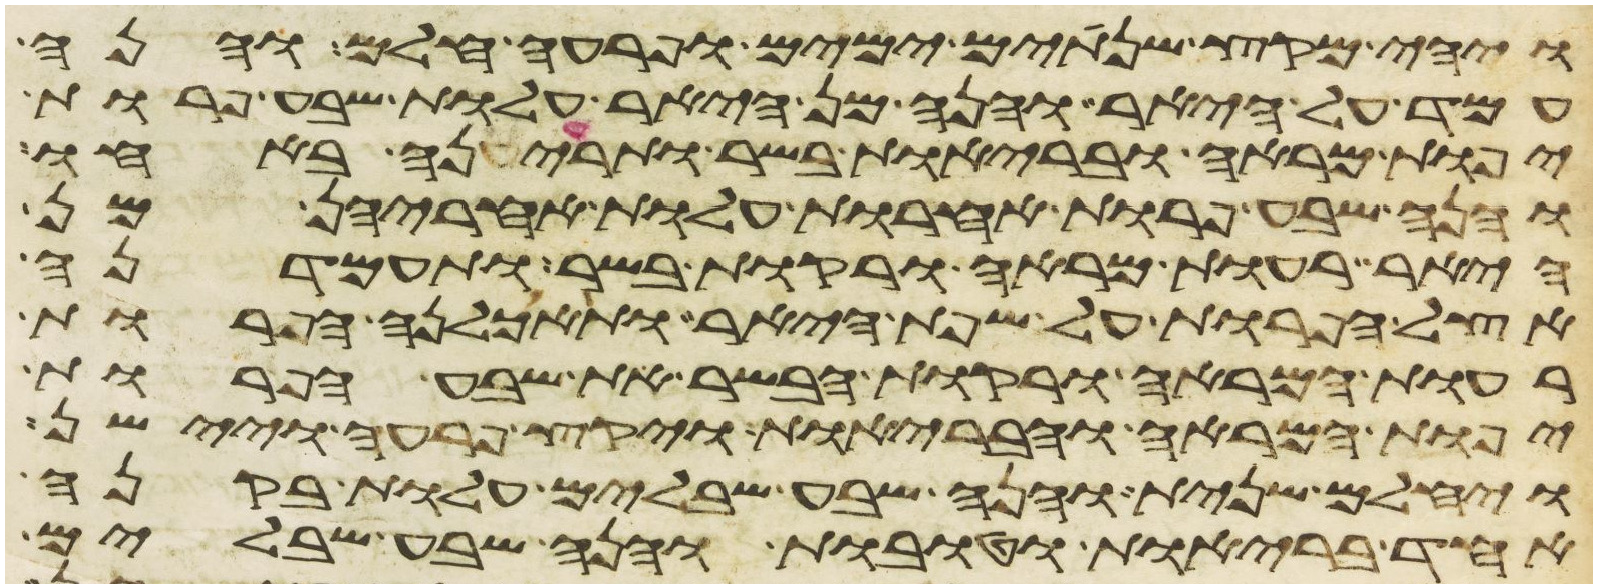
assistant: ויהי מקץ שנתים ימים ופרעה חלם והנה
עמד על היאר והנה מן היאר עלות שבע פרות
יפות מראה ובריות בשר ותריענה באחו
והנה שבע פרות אחרות עלות אחריהן מן
היאר רעות מראה ורקות בשר ותעמדנה
אצל הפרות על שפת היאר ותאכלנה הפרות
רעות המראה ורקות הבשר את שבע הפרות
יפות המראה והבריות ויקץ פרעה ויישן
ויחלם שנית והנה שבע שבלים עלות בקנה
אחד בריות וטובות והנה שבע שבלים